Report on sanitation, dispensaries, and jails in Rajputana for 1913, and on vaccination for the year 1913-1914 - 1913-1914
Year: 1913
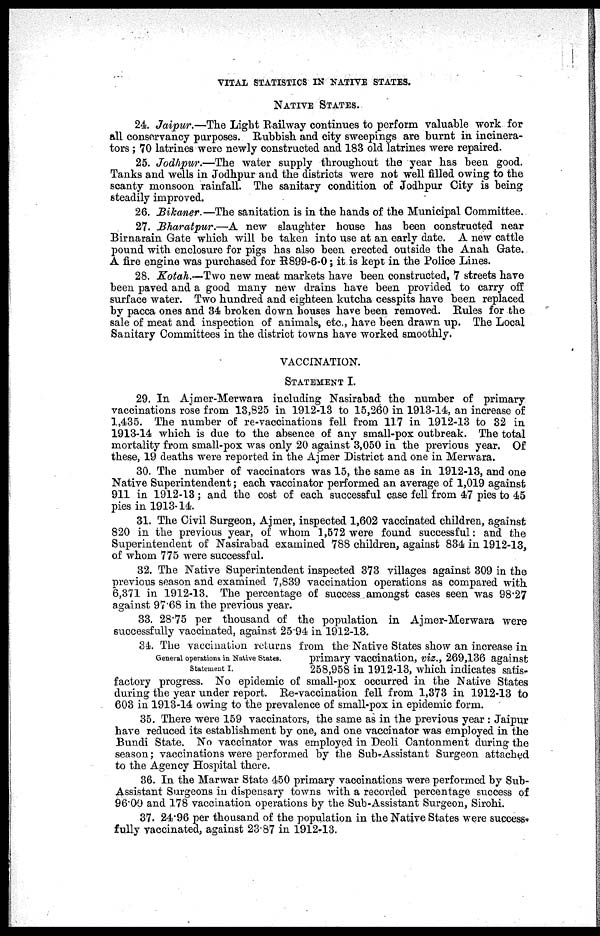
VITAL STATISTICS IN NATIVE STATES.
NATIVE STATES.
24. Jaipur.—The Light Railway continues to perform valuable work for
all conservancy purposes. Rubbish and city sweepings are burnt in incinera-
tors ; 70 latrines were newly constructed and 183 old latrines were repaired.
25. Jodhpur.—The water supply throughout the year has been good.
Tanks and wells in Jodhpur and the districts were not well filled owing to the
scanty monsoon rainfall. The sanitary condition of Jodhpur City is being
steadily improved.
26. Bikaner.—The sanitation is in the hands of the Municipal Committee.
27. Bharatpur.—A new slaughter house has been constructed near
Birnarain Gate which will be taken into use at an early date. A new cattle
pound with enclosure for pigs has also been erected outside the Anah Gate.
A fire engine was purchased for R899-6-0; it is kept in the Police Lines.
28. Kotah.—Two new meat markets have been constructed, 7 streets have
been paved and a good many new drains have been provided to carry off
surface water. Two hundred and eighteen kutcha cesspits have been replaced
by pacca ones and 34 broken down houses have been removed. Rules for the
sale of meat and inspection of animals, etc., have been drawn up. The Local
Sanitary Committees in the district towns have worked smoothly.
VACCINATION.
STATEMENT I.
29. In Ajmer-Merwara including Nasirabad the number of primary
vaccinations rose from 13,825 in 1912-13 to 15,260 in 1913-14, an increase of
1,435. The number of re-vaccinations fell from 117 in 1912-13 to 32 in
1913-14 which is due to the absence of any small-pox outbreak. The total
mortality from small-pox was only 20 against 3,050 in the previous year. Of
these, 19 deaths were reported in the Ajmer District and one in Merwara.
30. The number of vaccinators was 15, the same as in 1912-13, and one
Native Superintendent; each vaccinator performed an average of 1,019 against
911 in 1912-13 ; and the cost of each successful case fell from 47 pies to 45
pies in 1913-14.
31. The Civil Surgeon, Ajmer, inspected 1,602 vaccinated children, against
820 in the previous year, of whom 1,572 were found successful: and the
Superintendent of Nasirabad examined 788 children, against 834 in 1912-13,
of whom 775 were successful.
32. The Native Superintendent inspected 373 villages against 309 in the
previous season and examined 7,839 vaccination operations as compared with
6,371 in 1912-13. The percentage of success amongst cases seen was 98.27
against 97.68 in the previous year.
33. 28.75 per thousand of the population in Ajmer-Merwara were
successfully vaccinated, against 25.94 in 1912-13.
General operations in Native States.
Statement I.
34. The vaccination returns from the Native States show an increase in
primary vaccination, viz., 269,136 against
258,958 in 1912-13, which indicates satis-
factory progress. No epidemic of small-pox occurred in the Native States
during the year under report. Re-vaccination fell from 1,373 in 1912-13 to
603 in 1913-14 owing to the prevalence of small-pox in epidemic form.
35. There were 159 vaccinators, the same as in the previous year : Jaipur
have reduced its establishment by one, and one vaccinator was employed in the
Bundi State. No vaccinator was employed in Deoli Cantonment during the
season; vaccinations were performed by the Sub-Assistant Surgeon attached
to the Agency Hospital there.
36. In the Marwar State 450 primary vaccinations were performed by Sub-
Assistant Surgeons in dispensary towns with a recorded percentage success of
96.00 and 178 vaccination operations by the Sub-Assistant Surgeon, Sirohi.
37. 24.96 per thousand of the population in the Native States were success-
fully vaccinated, against 23.87 in 1912-13.